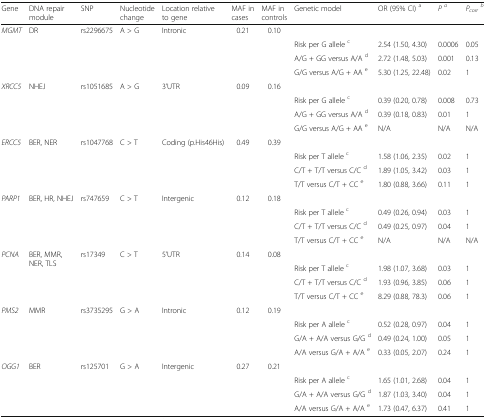
<table><thead><tr><td><b>Gene</b></td><td><b>DNA repair module</b></td><td><b>SNP</b></td><td><b>Nucleotide change</b></td><td><b>Location relative to gene</b></td><td><b>MAF in cases</b></td><td><b>MAF in controls</b></td><td><b>Genetic model</b></td><td><b>OR (95% CI) <sup>a</sup></b></td><td><b><i>P</i><sup><i>a</i></sup></b></td><td><b><i>P</i><sub><i>corr</i></sub><sup><i>b</i></sup></b></td></tr></thead><tbody><tr><td><i>MGMT</i></td><td>DR</td><td>rs2296675</td><td>A &gt; G</td><td>Intronic</td><td>0.21</td><td>0.10</td><td></td><td></td><td></td><td></td></tr><tr><td></td><td></td><td></td><td colspan="2"></td><td></td><td></td><td>Risk per G allele <sup>c</sup></td><td>2.54 (1.50, 4.30)</td><td>0.0006</td><td>0.05</td></tr><tr><td></td><td></td><td></td><td colspan="2"></td><td></td><td></td><td>A/G + GG versus A/A <sup>d</sup></td><td>2.72 (1.48, 5.03)</td><td>0.001</td><td>0.13</td></tr><tr><td></td><td></td><td></td><td colspan="2"></td><td></td><td></td><td>G/G versus A/G + AA <sup>e</sup></td><td>5.30 (1.25, 22.48)</td><td>0.02</td><td>1</td></tr><tr><td><i>XRCC5</i></td><td>NHEJ</td><td>rs1051685</td><td>A &gt; G</td><td>3’UTR</td><td>0.09</td><td>0.16</td><td></td><td></td><td></td><td></td></tr><tr><td></td><td></td><td></td><td colspan="2"></td><td></td><td></td><td>Risk per G allele <sup>c</sup></td><td>0.39 (0.20, 0.78)</td><td>0.008</td><td>0.73</td></tr><tr><td></td><td></td><td></td><td colspan="2"></td><td></td><td></td><td>A/G + GG versus A/A <sup>d</sup></td><td>0.39 (0.18, 0.83)</td><td>0.01</td><td>1</td></tr><tr><td></td><td></td><td></td><td colspan="2"></td><td></td><td></td><td>G/G versus A/G + AA <sup>e</sup></td><td>N/A</td><td>N/A</td><td>N/A</td></tr><tr><td><i>ERCC5</i></td><td rowspan="4">BER, NER</td><td>rs1047768</td><td>C &gt; T</td><td>Coding (p.His46His)</td><td>0.49</td><td>0.39</td><td></td><td></td><td></td><td></td></tr><tr><td></td><td></td><td colspan="2"></td><td></td><td></td><td>Risk per T allele <sup>c</sup></td><td>1.58 (1.06, 2.35)</td><td>0.02</td><td>1</td></tr><tr><td></td><td></td><td colspan="2"></td><td></td><td></td><td>C/T + T/T versus C/C <sup>d</sup></td><td>1.89 (1.05, 3.42)</td><td>0.03</td><td>1</td></tr><tr><td></td><td></td><td colspan="2"></td><td></td><td></td><td>T/T versus C/T + CC <sup>e</sup></td><td>1.80 (0.88, 3.66)</td><td>0.11</td><td>1</td></tr><tr><td><i>PARP1</i></td><td rowspan="4">BER, HR, NHEJ</td><td>rs747659</td><td>C &gt; T</td><td>Intergenic</td><td>0.12</td><td>0.18</td><td></td><td></td><td></td><td></td></tr><tr><td></td><td></td><td colspan="2"></td><td></td><td></td><td>Risk per T allele <sup>c</sup></td><td>0.49 (0.26, 0.94)</td><td>0.03</td><td>1</td></tr><tr><td></td><td></td><td colspan="2"></td><td></td><td></td><td>C/T + T/T versus C/C <sup>d</sup></td><td>0.49 (0.25, 0.97)</td><td>0.04</td><td>1</td></tr><tr><td></td><td></td><td colspan="2"></td><td></td><td></td><td>T/T versus C/T + CC <sup>e</sup></td><td>N/A</td><td>N/A</td><td>N/A</td></tr><tr><td><i>PCNA</i></td><td rowspan="4">BER, MMR, NER, TLS</td><td>rs17349</td><td>C &gt; T</td><td>5’UTR</td><td>0.14</td><td>0.08</td><td></td><td></td><td></td><td></td></tr><tr><td></td><td></td><td colspan="2"></td><td></td><td></td><td>Risk per T allele <sup>c</sup></td><td>1.98 (1.07, 3.68)</td><td>0.03</td><td>1</td></tr><tr><td></td><td></td><td colspan="2"></td><td></td><td></td><td>C/T + T/T versus C/C <sup>d</sup></td><td>1.93 (0.96, 3.85)</td><td>0.06</td><td>1</td></tr><tr><td></td><td></td><td colspan="2"></td><td></td><td></td><td>T/T versus C/T + CC <sup>e</sup></td><td>8.29 (0.88, 78.3)</td><td>0.06</td><td>1</td></tr><tr><td><i>PMS2</i></td><td>MMR</td><td>rs3735295</td><td>G &gt; A</td><td>Intronic</td><td>0.12</td><td>0.19</td><td></td><td></td><td></td><td></td></tr><tr><td></td><td></td><td></td><td colspan="2"></td><td></td><td></td><td>Risk per A allele <sup>c</sup></td><td>0.52 (0.28, 0.97)</td><td>0.04</td><td>1</td></tr><tr><td></td><td></td><td></td><td colspan="2"></td><td></td><td></td><td>G/A + A/A versus G/G <sup>d</sup></td><td>0.49 (0.24, 1.00)</td><td>0.05</td><td>1</td></tr><tr><td></td><td></td><td></td><td colspan="2"></td><td></td><td></td><td>A/A versus G/A + A/A <sup>e</sup></td><td>0.33 (0.05, 2.07)</td><td>0.24</td><td>1</td></tr><tr><td><i>OGG1</i></td><td>BER</td><td>rs125701</td><td>G &gt; A</td><td>Intergenic</td><td>0.27</td><td>0.21</td><td></td><td></td><td></td><td></td></tr><tr><td></td><td></td><td></td><td colspan="2"></td><td></td><td></td><td>Risk per A allele <sup>c</sup></td><td>1.65 (1.01, 2.68)</td><td>0.04</td><td>1</td></tr><tr><td></td><td></td><td></td><td colspan="2"></td><td></td><td></td><td>G/A + A/A versus G/G <sup>d</sup></td><td>1.87 (1.03, 3.40)</td><td>0.04</td><td>1</td></tr><tr><td></td><td></td><td></td><td colspan="2"></td><td></td><td></td><td>A/A versus G/A + A/A <sup>e</sup></td><td>1.73 (0.47, 6.37)</td><td>0.41</td><td>1</td></tr></tbody></table>